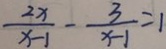
\frac { 2 x } { x - 1 } - \frac { 3 } { x - 1 } = 1